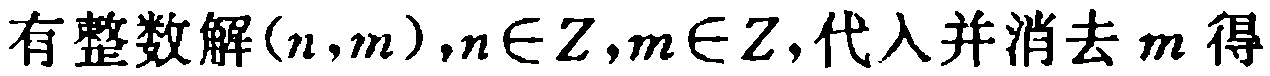
有整数解\((n,m),n\in\mathbb{Z},m\in\mathbb{Z},代入并消去\ m\ 得\)